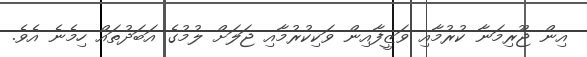
އިން ޖޫރިމަނާ ކުރުމާއި ވަޒީފާއިން ވަކިކުރުމާއި ޖަލަށް ލުމުގެ އަބަދުތައް ހިމެނެ އެވެ.